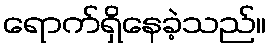
ရောက်ရှိနေခဲ့သည်။